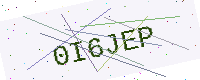
Text: 0I6JEP